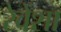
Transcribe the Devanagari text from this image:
रेवेंशा